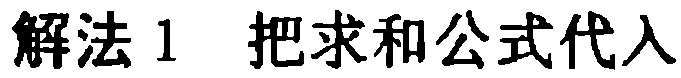
解法 1 把求和公式代入